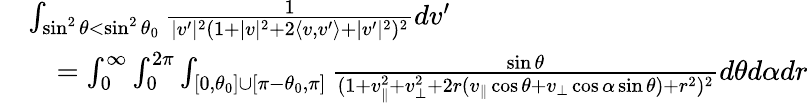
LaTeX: \begin{array}{rl}&{\int_{\sin^{2}\theta<\sin^{2}\theta_{0}}\frac{1}{|v^{\prime}|^{2}(1+|v|^{2}+2\langle v,v^{\prime}\rangle+|v^{\prime}|^{2})^{2}}dv^{\prime}}\\ &{\quad=\int_{0}^{\infty}\int_{0}^{2\pi}\int_{[0,\theta_{0}]\cup[\pi-\theta_{0},\pi]}\frac{\sin\theta}{(1+v_{\| }^{2}+v_{\perp}^{2}+2r(v_{\| }\cos\theta+v_{\perp}\cos\alpha\sin\theta)+r^{2})^{2}}d\theta d\alpha dr}\end{array}